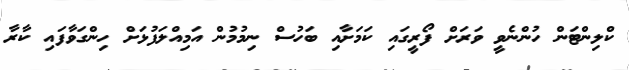
ކްލިންޓަން ހުންނެވީ ވަރަށް ފޯރީގައި ކަމަށާއި ބަހުސް ނިމުމުން އަމިއްލަފުޅަށް ހިންގަވާފައި ކާރާ